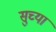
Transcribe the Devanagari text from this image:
सुच्या